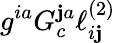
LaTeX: g^{ia}G_{c}^{\mathbf{j}a}\ell_{i\mathbf{j}}^{(2)}